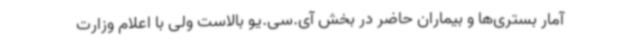
آمار بستری‌ها و بیماران حاضر در بخش آی.سی.یو بالاست ولی با اعلام وزارت